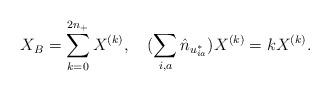
LaTeX: \begin{align*}X_B=\sum_{k=0}^{2n_+}X^{(k)},\quad(\sum_{i,a}\hat{n}_{u^*_{ia}})X^{(k)}=kX^{(k)}.\end{align*}